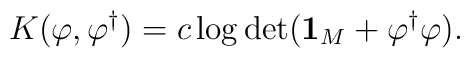
K(\varphi, \varphi^{\dagger})=  c\log\det({\bf 1}_M+\varphi^{\dagger}\varphi).